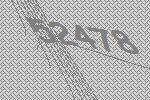
52478